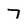
Character: 7